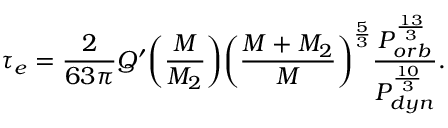
\tau _ { e } = \frac { 2 } { 6 3 \pi } Q ^ { \prime } \bigg ( \frac { M } { M _ { 2 } } \bigg ) \bigg ( \frac { M + M _ { 2 } } { M } \bigg ) ^ { \frac { 5 } { 3 } } \frac { P _ { o r b } ^ { \frac { 1 3 } { 3 } } } { P _ { d y n } ^ { \frac { 1 0 } { 3 } } } .